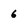
Character: 6